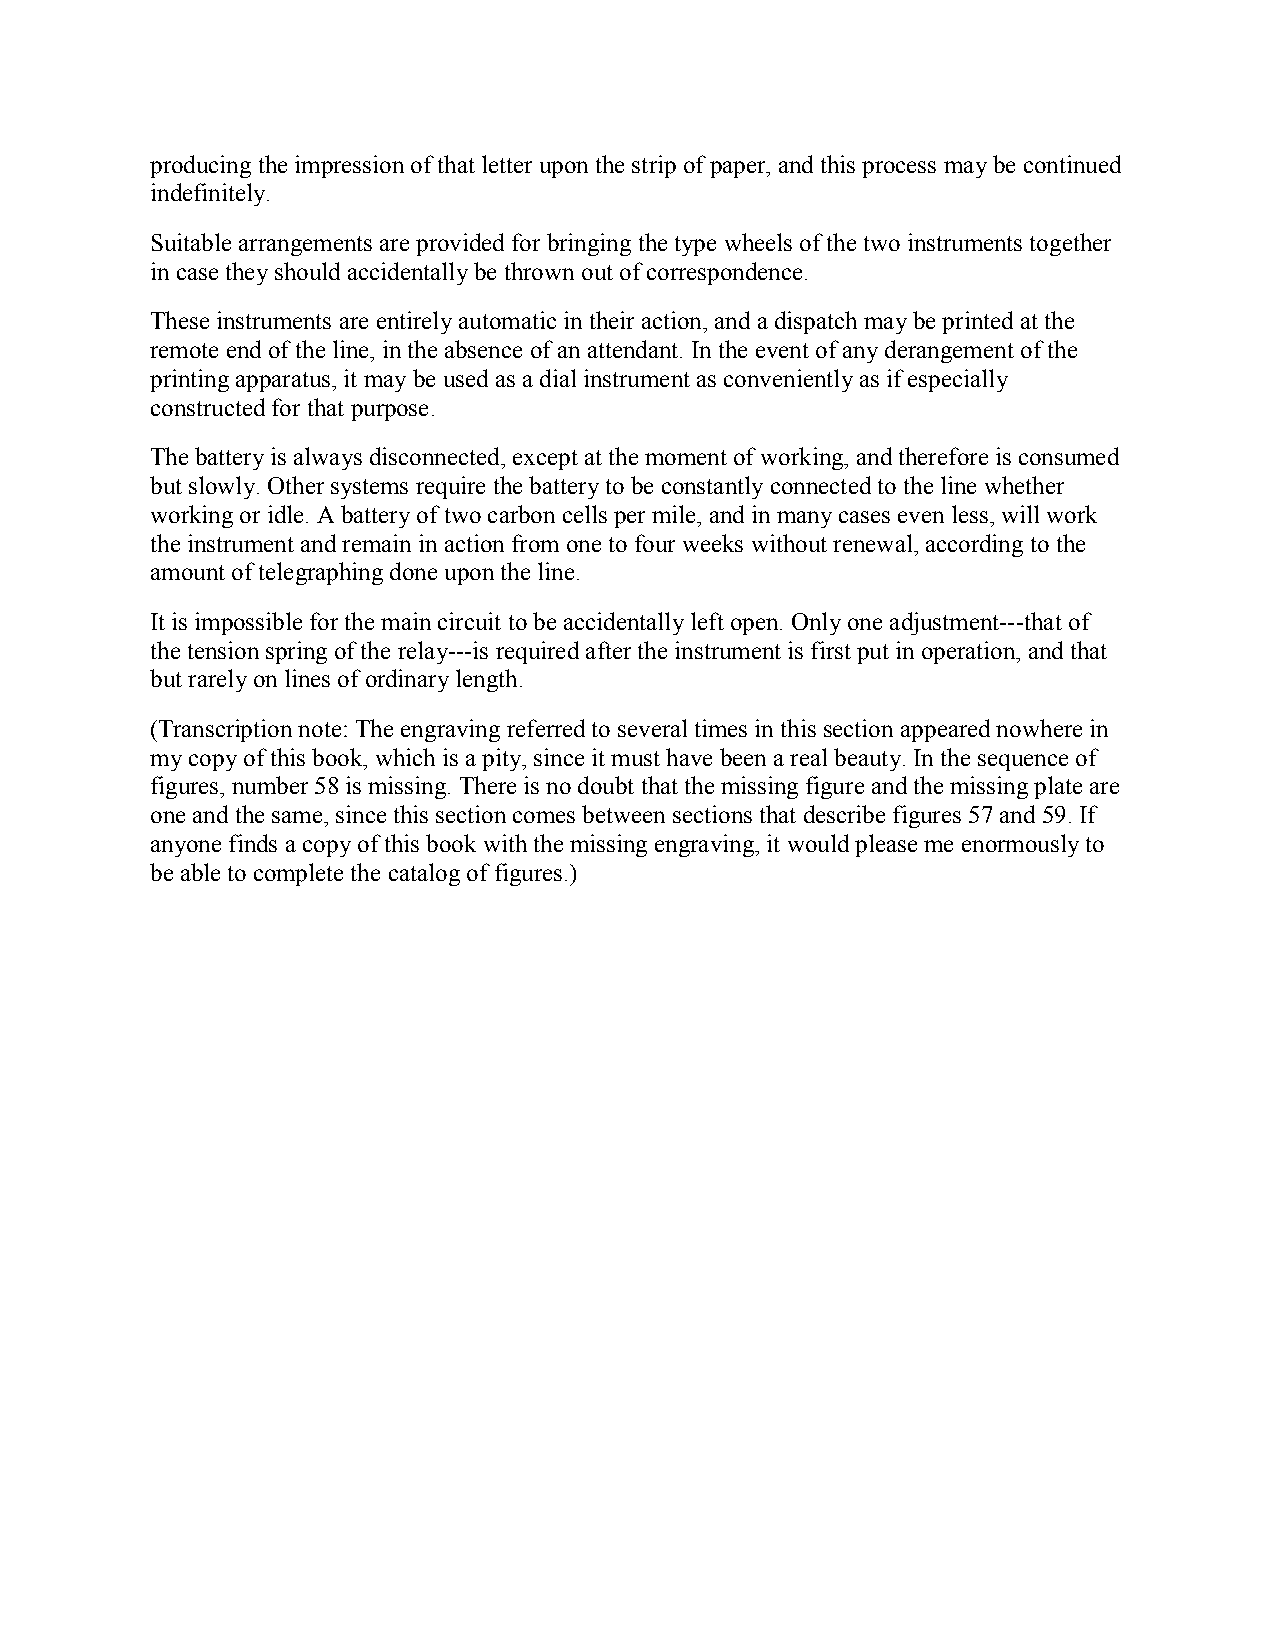
producing the impression of that letter upon the strip of paper, and this process may be continued
 indefinitely.
 Suitable arrangements are provided for bringing the type wheels of the two instruments together
 in case they should accidentally be thrown out of correspondence.
 These instruments are entirely automatic in their action, and a dispatch may be printed at the
 remote end of the line, in the absence of an attendant. In the event of any derangement of the
 printing apparatus, it may be used as a dial instrument as conveniently as if especially
 constructed for that purpose.
 The battery is always disconnected, except at the moment of working, and therefore is consumed
 but slowly. Other systems require the battery to be constantly connected to the line whether
 working or idle. A battery of two carbon cells per mile, and in many cases even less, will work
 the instrument and remain in action from one to four weeks without renewal, according to the
 amount of telegraphing done upon the line.
 It is impossible for the main circuit to be accidentally left open. Only one adjustment---that of
 the tension spring of the relay---is required after the instrument is first put in operation, and that
 but rarely on lines of ordinary length.
 (Transcription note: The engraving referred to several times in this section appeared nowhere in
 my copy of this book, which is a pity, since it must have been a real beauty. In the sequence of
 figures, number 58 is missing. There is no doubt that the missing figure and the missing plate are
 one and the same, since this section comes between sections that describe figures 57 and 59. If
 anyone finds a copy of this book with the missing engraving, it would please me enormously to
 be able to complete the catalog of figures.)